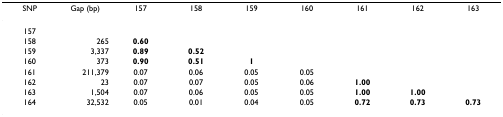
<table><thead><tr><td><b>SNP</b></td><td><b>Gap (bp)</b></td><td><b>157</b></td><td><b>158</b></td><td><b>159</b></td><td><b>160</b></td><td><b>161</b></td><td><b>162</b></td><td><b>163</b></td></tr></thead><tbody><tr><td>157</td><td></td><td></td><td></td><td></td><td></td><td></td><td></td><td></td></tr><tr><td>158</td><td>265</td><td><b>0.60</b></td><td></td><td></td><td></td><td></td><td></td><td></td></tr><tr><td>159</td><td>3,337</td><td><b>0.89</b></td><td><b>0.52</b></td><td></td><td></td><td></td><td></td><td></td></tr><tr><td>160</td><td>373</td><td><b>0.90</b></td><td><b>0.51</b></td><td><b>1</b></td><td></td><td></td><td></td><td></td></tr><tr><td>161</td><td>211,379</td><td>0.07</td><td>0.06</td><td>0.05</td><td>0.05</td><td></td><td></td><td></td></tr><tr><td>162</td><td>23</td><td>0.07</td><td>0.07</td><td>0.05</td><td>0.06</td><td><b>1.00</b></td><td></td><td></td></tr><tr><td>163</td><td>1,504</td><td>0.07</td><td>0.06</td><td>0.05</td><td>0.05</td><td><b>1.00</b></td><td><b>1.00</b></td><td></td></tr><tr><td>164</td><td>32,532</td><td>0.05</td><td>0.01</td><td>0.04</td><td>0.05</td><td><b>0.72</b></td><td><b>0.73</b></td><td><b>0.73</b></td></tr></tbody></table>